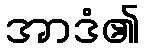
အာဒံ၏